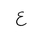
Letter: _ayn